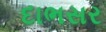
દાભસર